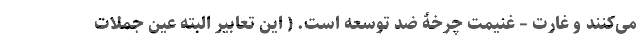
می‌کنند و غارت – غنیمت چرخۀ ضد توسعه است. ( این تعابیر البته عین جملات